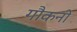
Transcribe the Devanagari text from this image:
गौकनी